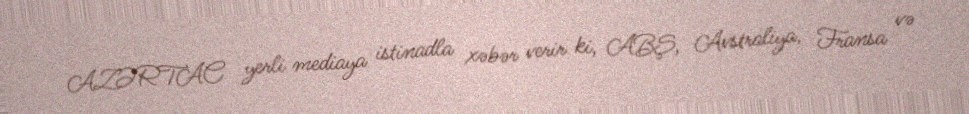
AZƏRTAC yerli mediaya istinadla xəbər verir ki, ABŞ, Avstraliya, Fransa və